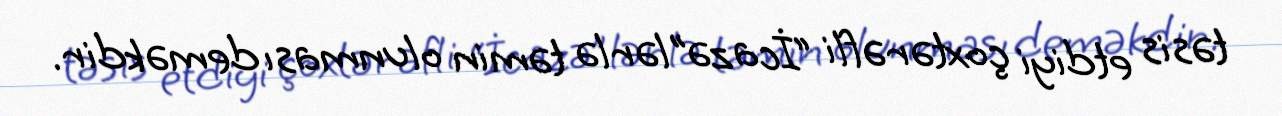
təsis etdiyi çoxtərəfli “İcazə”lərlə təmin olunması deməkdir.